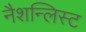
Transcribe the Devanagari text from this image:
नैशन्लिस्ट